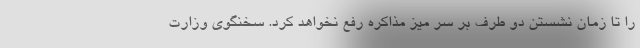
را تا زمان نشستن دو طرف بر سر میز مذاکره رفع نخواهد کرد. سخنگوی وزارت